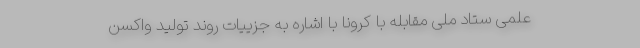
علمی ستاد ملی مقابله با کرونا با اشاره به جزییات روند تولید واکسن